Civil Veterinary Department Bihar & Orissa reports 1929-36 - 1929-1936
Year: 1929
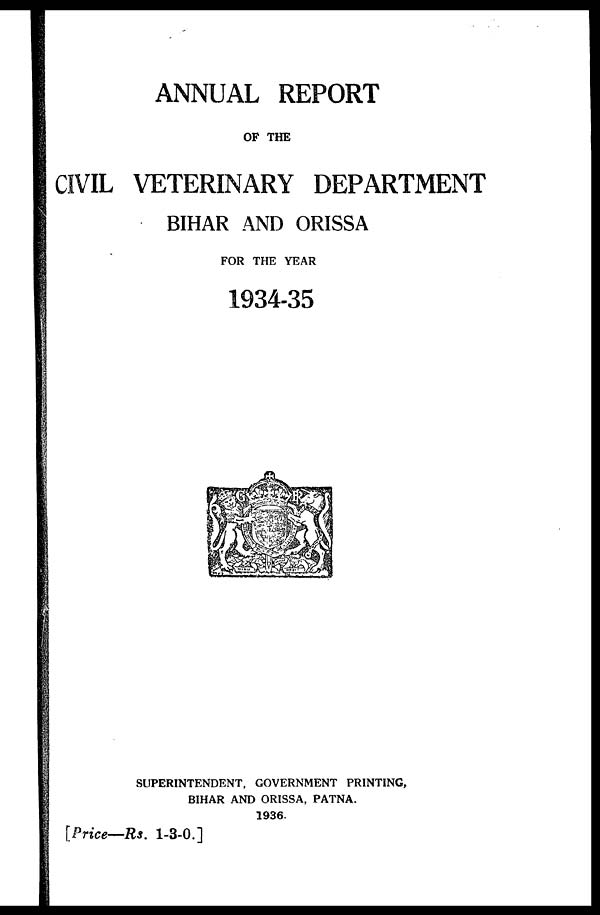
ANNUAL REPORT
OF THE
CIVIL VETERINARY DEPARTMENT
BIHAR AND ORISSA
FOR THE YEAR
1934-35
SUPERINTENDENT, GOVERNMENT PRINTING,
BIHAR AND ORISSA, PATNA.
1936.
[Price—Rs. 1-3-0.]